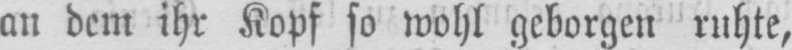
an dem ihr Kopf so wohl geborgen ruhte,